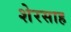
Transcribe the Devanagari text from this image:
शेरसाह